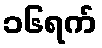
၁၆ရက်